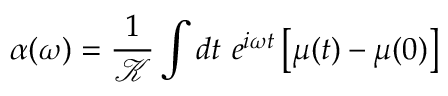
\alpha ( \omega ) = \frac { 1 } { \mathcal { K } } \int d t ~ e ^ { i \omega t } \left[ \mu ( t ) - \mu ( 0 ) \right]